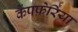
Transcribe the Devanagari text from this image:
कैंपफ़ेरिया